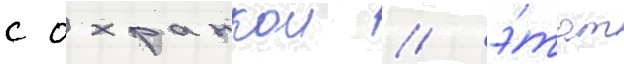
с охранкои / э́тот